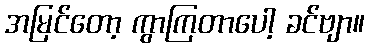
အမြင်တော့ ကွာကြတာပေါ့ ခင်ဗျာ။